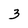
Character: 3